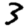
Digit: 3